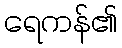
ရေကန်၏